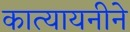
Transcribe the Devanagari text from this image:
कात्यायनीने